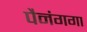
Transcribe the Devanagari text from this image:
पैनंगगा